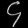
Digit: ၄